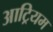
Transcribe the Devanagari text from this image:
आट्रियम